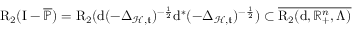
\mathrm { R } _ { 2 } ( \mathrm { I } - \overline { { \mathbb { P } } } ) = \mathrm { R } _ { 2 } ( \mathrm { d } ( - \Delta _ { \mathcal { H } , \mathfrak { t } } ) ^ { - \frac { 1 } { 2 } } \mathrm { d } ^ { \ast } ( - \Delta _ { \mathcal { H } , \mathfrak { t } } ) ^ { - \frac { 1 } { 2 } } ) \subset \overline { { \mathrm { R } _ { 2 } ( \mathrm { d } , \mathbb { R } _ { + } ^ { n } , \Lambda ) } }